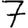
Digit: 7